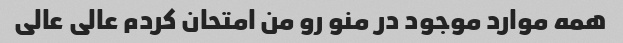
همه موارد موجود در منو رو من امتحان کردم عالی عالی